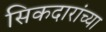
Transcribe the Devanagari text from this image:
सिकदारांच्या